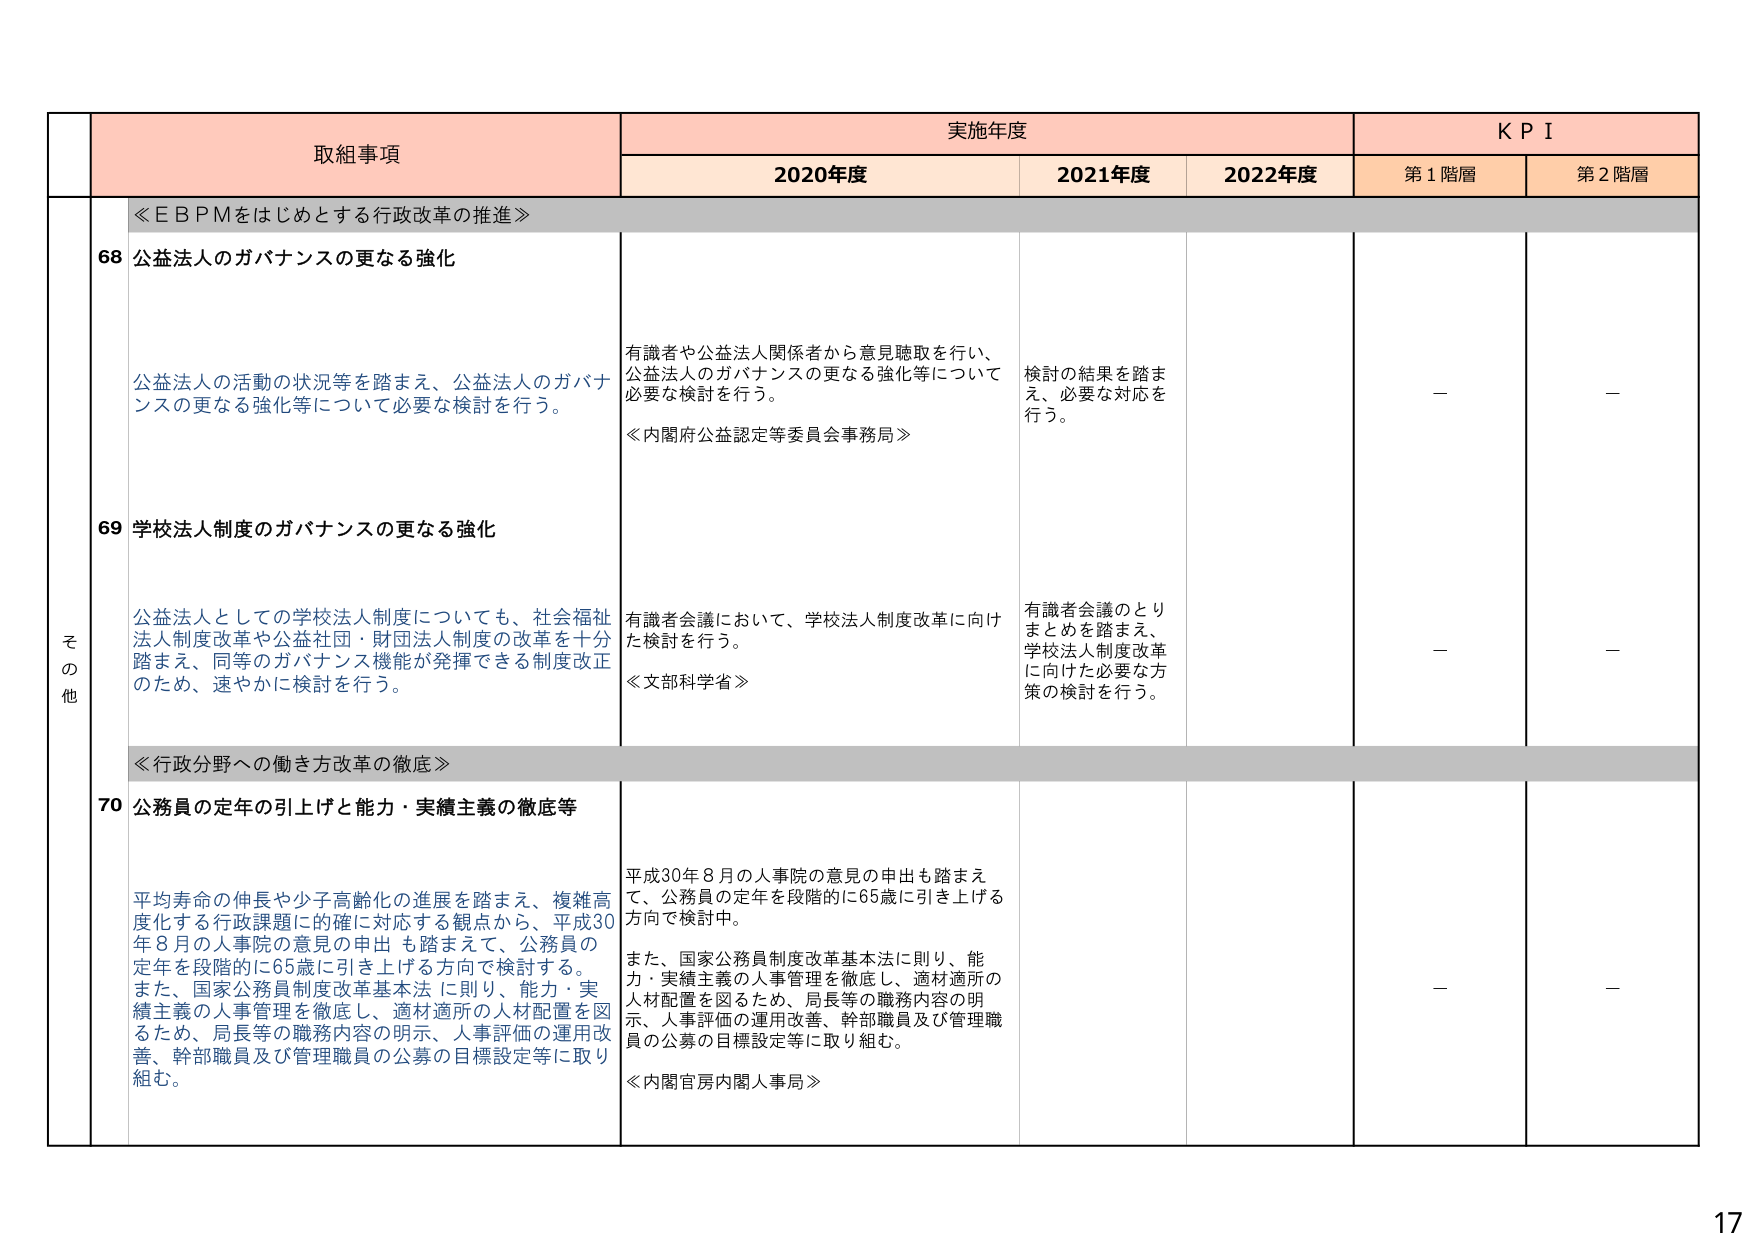
取組事項
実施年度
K P I
2020年度
2021年度
2022年度
第1階層
第2階層

≪ＥＢＰＭをはじめとする行政改革の推進≫

68 公益法人のガバナンスの更なる強化
公益法人の活動の状況等を踏まえ、公益法人のガバナンスの更なる強化等について必要な検討を行う。
有識者や公益法人関係者から意見聴取を行い、公益法人のガバナンスの更なる強化等について必要な検討を行う。
≪内閣府公益認定等委員会事務局≫
検討の結果を踏まえ、必要な対応を行う。
－
－

69 学校法人制度のガバナンスの更なる強化
公益法人としての学校法人制度についても、社会福祉法人制度改革や公益社団・財団法人制度の改革を十分踏まえ、同等のガバナンス機能が発揮できる制度改正のため、速やかに検討を行う。
有識者会議において、学校法人制度改革に向けた検討を行う。
≪文部科学省≫
有識者会議のとりまとめを踏まえ、学校法人制度改革に向けた必要な方策の検討を行う。
－
－

≪行政分野への働き方改革の徹底≫

70 公務員の定年の引上げと能力・実績主義の徹底等
平均寿命の伸長や少子高齢化の進展を踏まえ、複雑高度化する行政課題に的確に対応する観点から、平成30年8月の人事院の意見の申出も踏まえて、公務員の定年を段階的に65歳に引き上げる方向で検討する。また、国家公務員制度改革基本法に則り、能力・実績主義の人事管理を徹底し、適材適所の人材配置を図るため、局長等の職務内容の明示、人事評価の運用改善、幹部職員及び管理職員の公募の目標設定等に取り組む。
平成30年8月の人事院の意見の申出も踏まえて、公務員の定年を段階的に65歳に引き上げる方向で検討中。
また、国家公務員制度改革基本法に則り、能力・実績主義の人事管理を徹底し、適材適所の人材配置を図るため、局長等の職務内容の明示、人事評価の運用改善、幹部職員及び管理職員の公募の目標設定等に取り組む。
≪内閣官房内閣人事局≫
－
－

その他
17